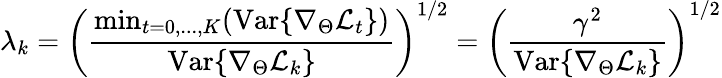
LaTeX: \lambda_{k}=\left(\frac{\mathrm{min}_{t=0,...,K}(\mathrm{Var}\{ \nabla_{\Theta}\mathcal{L}_{t}\} )}{\mathrm{Var}\{ \nabla_{\Theta}\mathcal{L}_{k}\} }\right)^{1/2}=\left(\frac{\gamma^{2}}{\mathrm{Var}\{ \nabla_{\Theta}\mathcal{L}_{k}\} }\right)^{1/2}